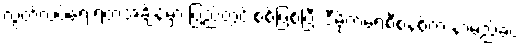
လွတ်လပ်ရေးရတဲ့အချိန်မှာ ပြည်တွင်းစစ်ဖြစ်ပြီး ဒီမိုကရေစီစနစ်က နာမည်ခံပဲ